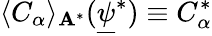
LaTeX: \langle C_{\alpha}\rangle_{\mathbf{A}^{*}}(\underline{{\psi}}^{*})\equiv C_{\alpha}^{*}